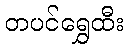
တပင်ရွှေထီး